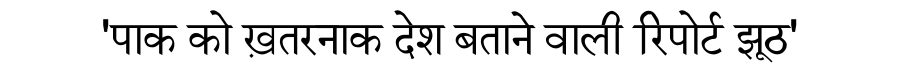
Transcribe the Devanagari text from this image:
'पाक को ख़तरनाक देश बताने वाली रिपोर्ट झूठ'